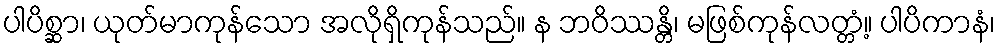
ပါပိစ္ဆာ၊ ယုတ်မာကုန်သော အလိုရှိကုန်သည်။ န ဘဝိဿန္တိ၊ မဖြစ်ကုန်လတ္တံ့။ ပါပိကာနံ၊